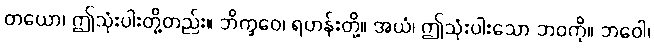
တယော၊ ဤသုံးပါးတို့တည်း။ ဘိက္ခဝေ၊ ရဟန်းတို့။ အယံ၊ ဤသုံးပါးသော ဘဝကို။ ဘဝေါ၊